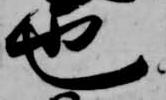
也